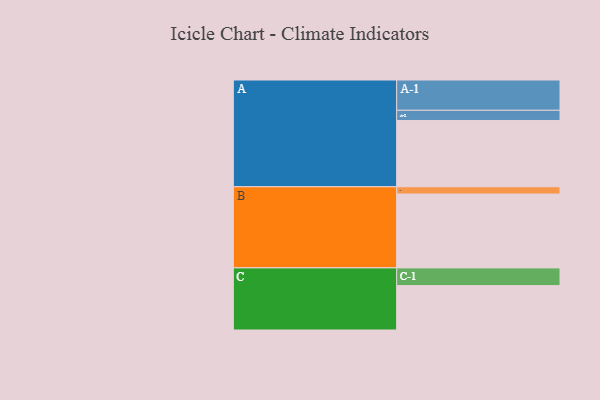
{"axis": {"x": "Segment", "y": "Value"}, "legend": ["", "A", "B", "C"], "data": [{"x": "A", "y": 475, "type": ""}, {"x": "B", "y": 529, "type": ""}, {"x": "C", "y": 318, "type": ""}, {"x": "A-1", "y": 217, "type": "A"}, {"x": "A-2", "y": 73, "type": "A"}, {"x": "B-1", "y": 52, "type": "B"}, {"x": "C-1", "y": 127, "type": "C"}]}